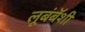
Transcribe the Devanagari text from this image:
लूबंबॅशी